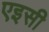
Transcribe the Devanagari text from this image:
एइसी